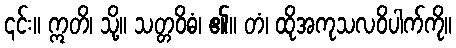
၎င်း။ ဣတိ၊ သို့။ သတ္တဝိဓံ၊ ၏။ တံ၊ ထိုအကုသလဝိပါက်ကို။